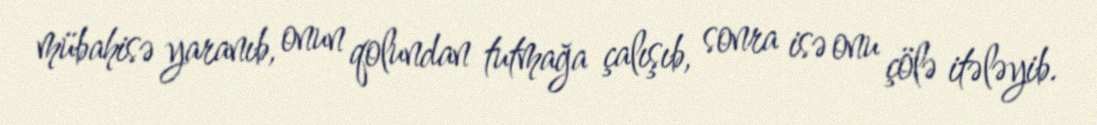
mübahisə yaranıb, onun qolundan tutmağa çalışıb, sonra isə onu çölə itələyib.